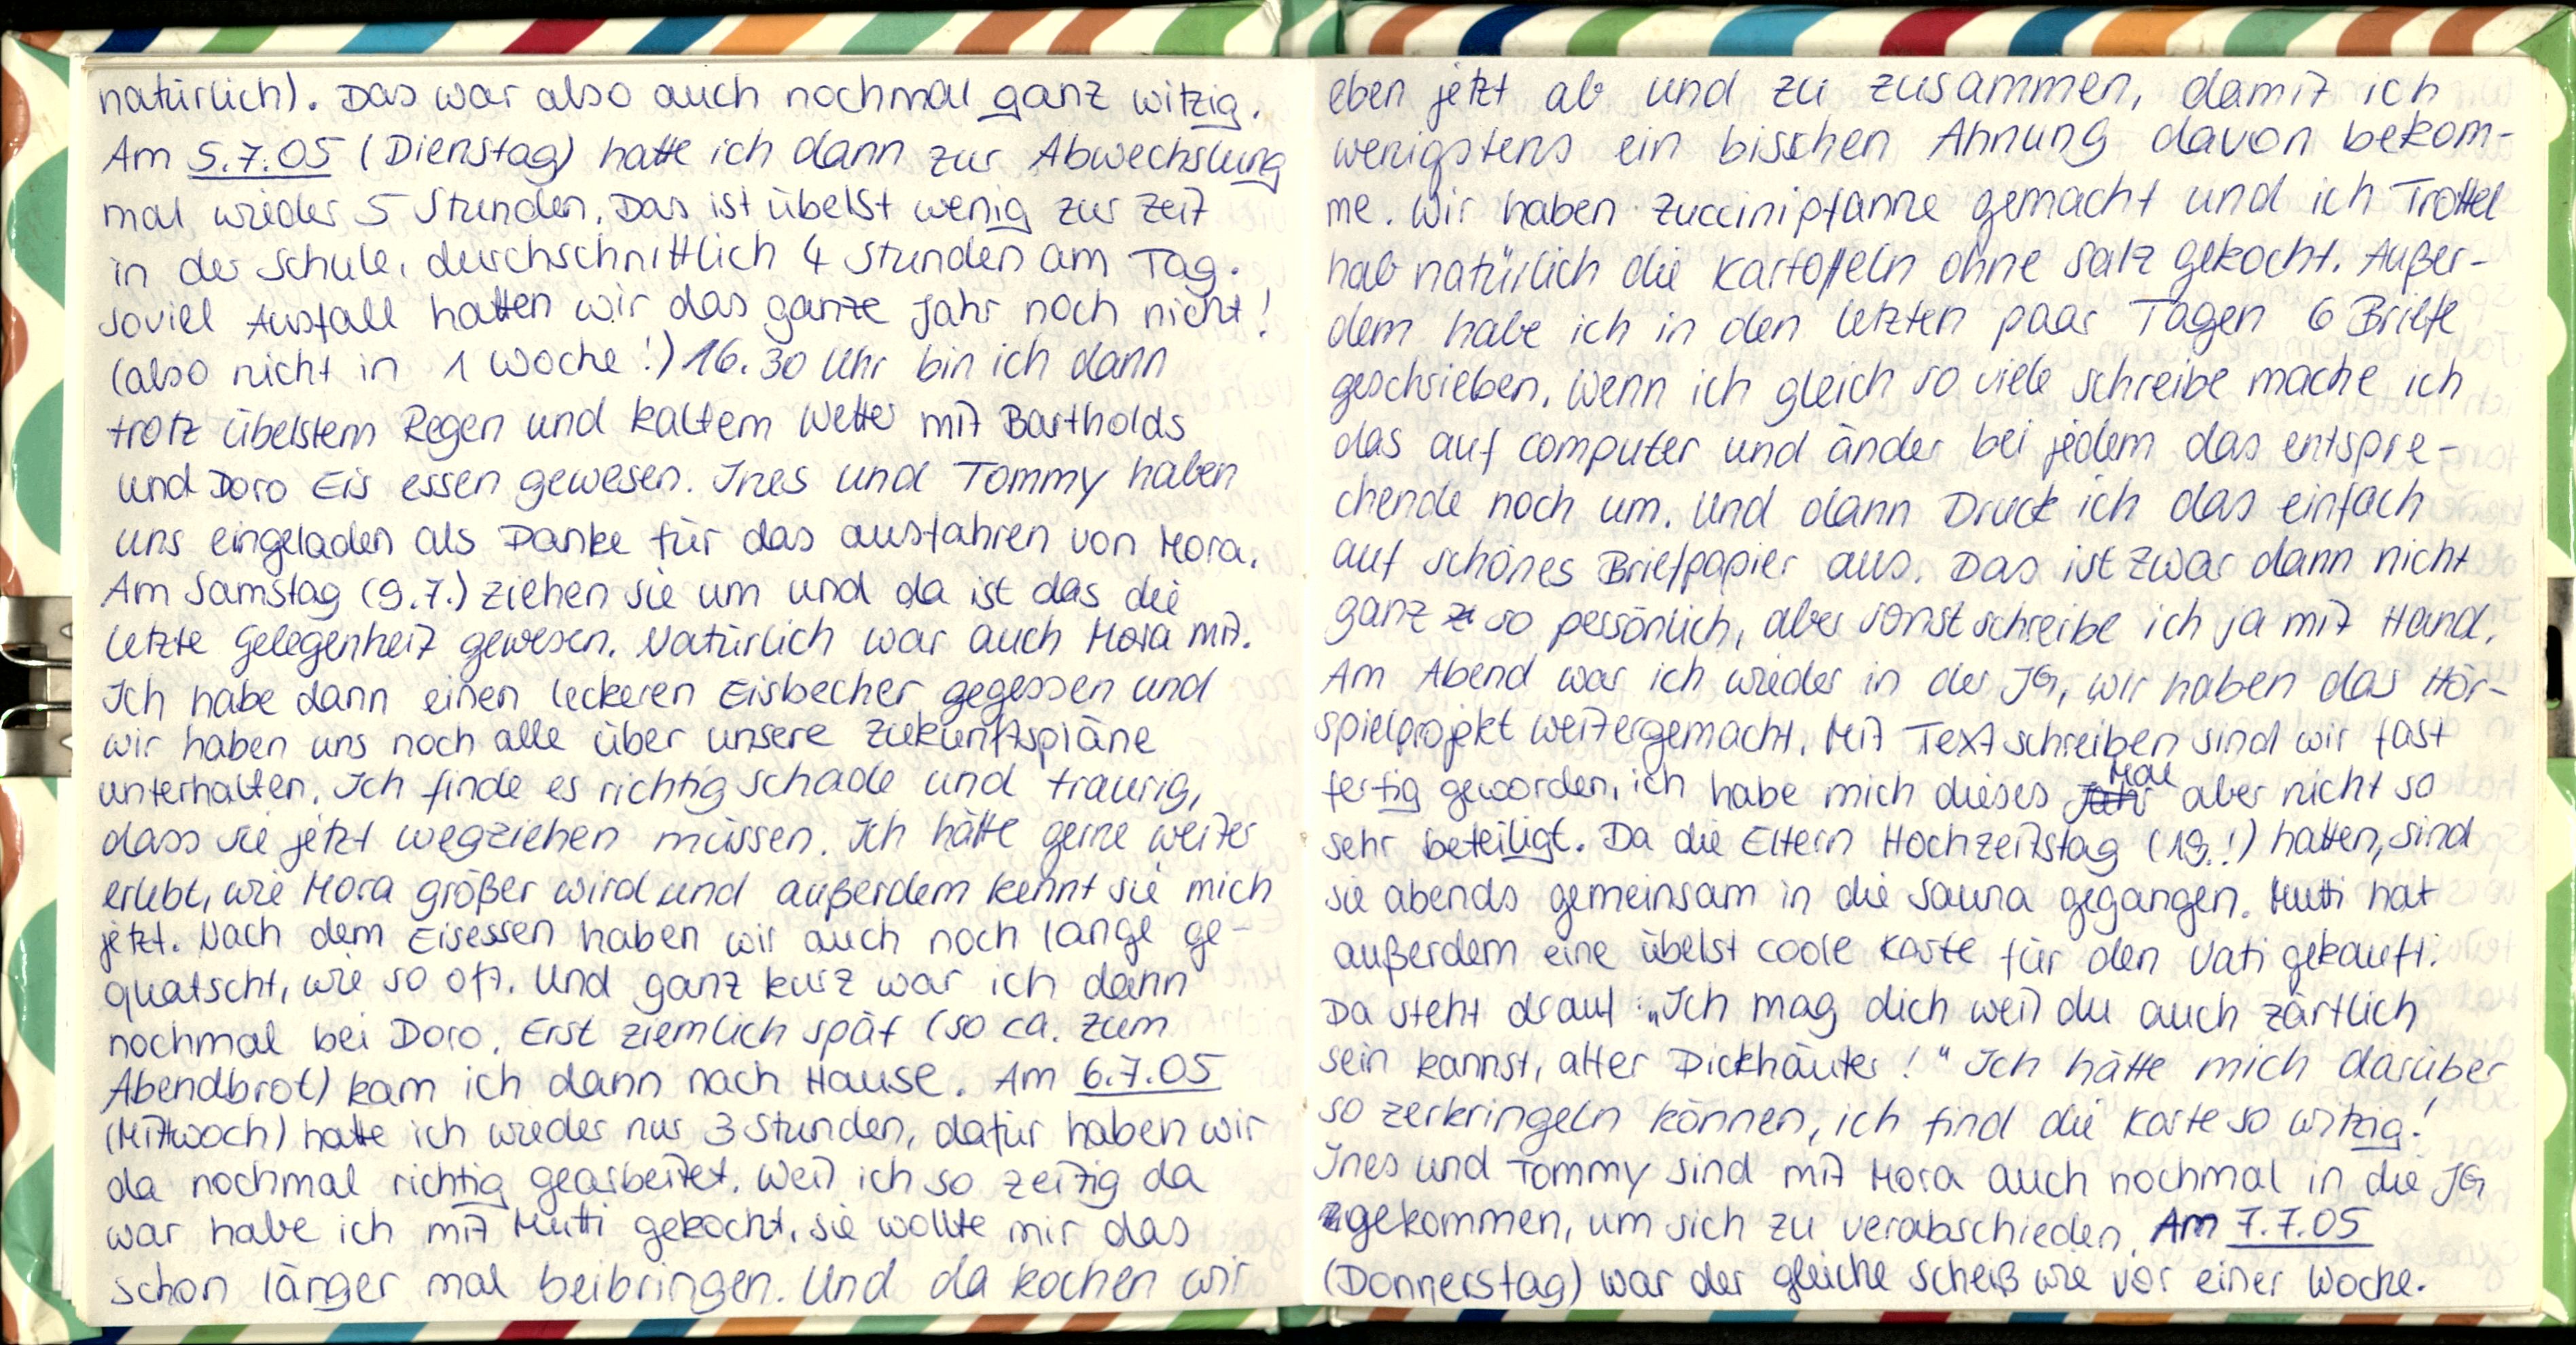
natürlich). Das war also auch nochmal ganz witzig.
Am 5.7.05 (Dienstag) hatte ich dann zur Abwechslung
mal wieder 5 Stunden. Das ist übelst wenig zur Zeit
in der Schule, durchschnittlich 4 Stunden am Tag
So viel Ausfall hatten wir das ganze Jahr noch nicht
(also nicht in 1 Woche! ) 16.30 Uhr bin ich dann
trotz übelstem Regen und kaltem Wetter mit Bartholds
und Doro Eis essen gewesen. Ines und Tommy haben
uns eingeladen als Danke für das ausfahren von Mora,
Am Samstgag (9.7.) ziehen sie um und da ist das die
letzte Gelegenheit gewesen. Natürlich war auch Mora mit.
Ich habe dann einen leckeren Eisbecher gegessen und
wir haben uns noch alle über unsere Zukunftspläne
unterhalten. Ich finde es richtig schade und traurig,
dass sie jetzt wegziehen müssen. Ich hätte gerne weiter
erlebt, wie Mora größer wird und außerdem kennt sie mich
jetzt. Nach dem Eisessen haben wir auch noch lange ge-
quatscht, wie so oft. Und ganz kurz war ich dann
nochmal bei Doro. Erst ziemlich spät (so ca. zum
Abendbrot) kam ich dann nach Hause. Am 6.7.05
(Mittwoch) hatte ich wieder nur 3 Stunden, dafür haben wir
da nochmal richtig gearbeitet. Weil ich so zeitig da
war habe ich mit Mutti gekocht, sie wollte mir das
schon länger mal beibringen. Und da kochen wir

eben jetzt ab und zu zusammen, damit ich
wenigstens ein bisschen Ahnung davon bekom-
me. Wir haben Zuccinipfanne gemacht und ich Trottel
hab natürlich die Kartoffeln ohne Salz gekocht. Außer-
dem habe ich in den letzten paar Tagen 6 Briefe
geschrieben. Wenn ich gleich so viele schreibe mache ich
das auf Computer und änder bei jedem das entspre-
chende noch um. Und dann Druck ich das einfach
auf schönes Briefpapier aus. Das ist zwar dann nicht
ganz so persönlich, aber sonst schreibe ich ja mit Hand.
Am Abend war ich wieder in der JG, wir haben das Hör-
spielpropkt weitergemacht. Mit Text schreiben sind wir fast
fertig geworden, ich habe mich dieses Mal aber nicht so
sehr beteiligt. Da die Eltern Hochzeitstag (19.!) hatten, sind
sie abends gemeinsam in die Sauna gegangen. Mutti hat
außerdem eine übelst coole Karte für den Vati gekauft.
Da steht drauf: „Ich mag dich weil du auch zärtlich
sein kannst, alter Dickhäuter!" Ich hätte mich darüber
so zerkringeln können, ich find die Karte so witzig!
Ines und Tommy sind mit Mora auch nochmal in die JG
gekommen, um sich zu verabschieden. Am 7.7.05
(Donnerstag) war der gleiche Scheiß wie vor einer Woche.